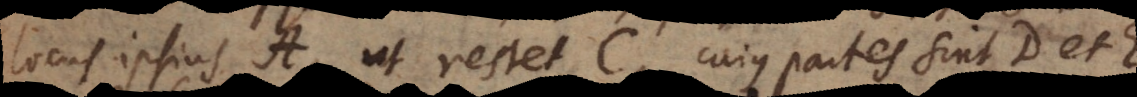
locus ipsius A, ut restet C, cujus partes sint D et E